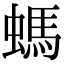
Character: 螞